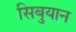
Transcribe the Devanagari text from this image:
सिबुयान